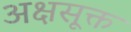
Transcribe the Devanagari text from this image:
अक्षसूक्त